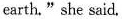
earth."she said.